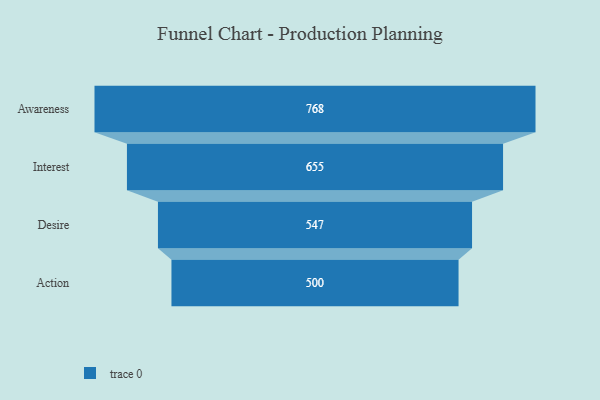
{"axis": {"x": "Stage", "y": "Value"}, "legend": [""], "data": [{"x": "Awareness", "y": 768.0, "type": ""}, {"x": "Interest", "y": 655.0, "type": ""}, {"x": "Desire", "y": 547.0, "type": ""}, {"x": "Action", "y": 500, "type": ""}]}